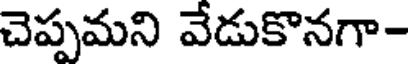
చెప్పమని వేడుకొనగా-